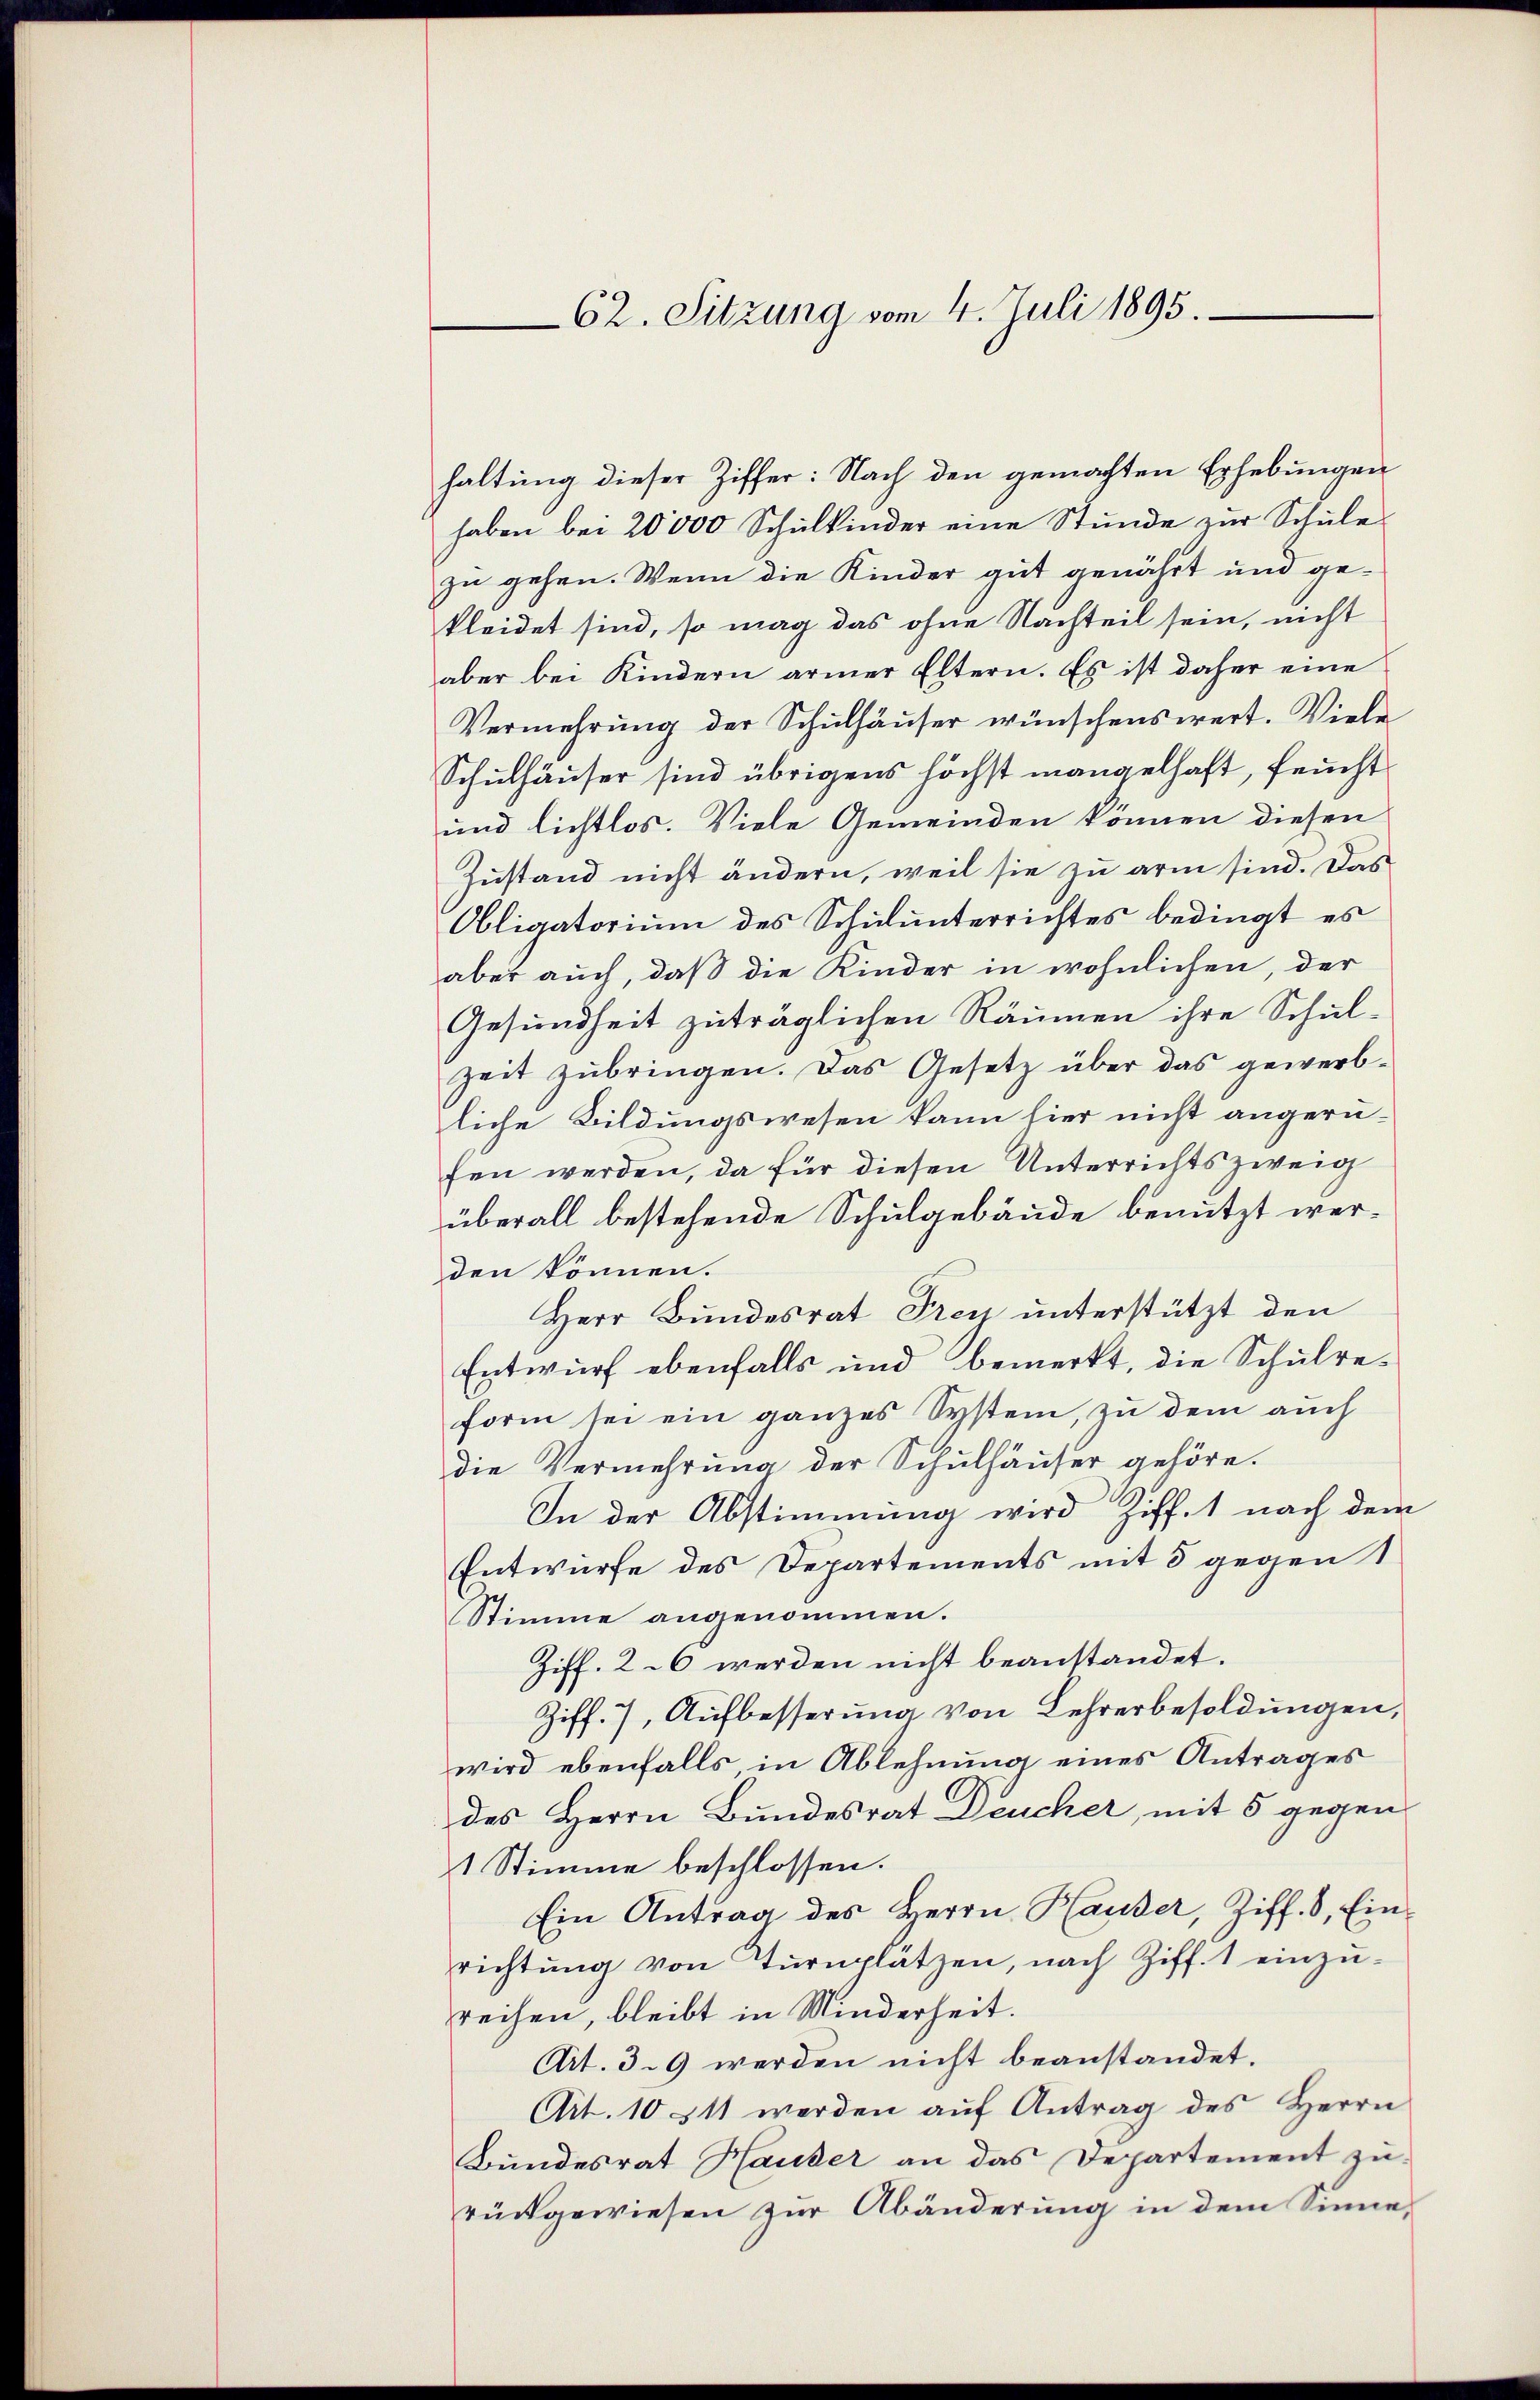
62. Sitzung vom 4. Juli 1895.

haltung dieser Ziffer: Nach den gemachten Erhebungen
haben bei 20000 Schulkinder eine Stunde zur Schule
zu gehen. Wenn die Kinder gut genährt und gekleidet sind, so mag das ohne Nachteil sein, nicht
aber bei Kindern armer Eltern. Es ist daher eine
Vermehrŭng der Schŭlhäŭser wünschenswert. Viele
Schulhäuser sind übrigens höchst mangelhaft, feucht
und lichtlos. Viele Gemeinden können diesen
Zustand nicht ändern, weil sie zu arm sind. Das
Obligatorium des Schulunterrichtes bedingt es
aber auch, daß die Kinder in wöhnlichen, der
Gesundheit zuträglichen Räumen ihre Schulzeit zubringen. Das Gesetz über das gewerbliche Bildungswesen kann hier nicht angeru-
fen werden, da für diesen Unterrichtszweig
überall bestehende Schulgebäude benutzt werden können.
Herr Bundesrat Frey unterstützt den
Entwurf ebenfalls und bemerkt, die Schulre-
form sei ein ganzes System, zu dem auch
die Vermehrung der Schulhäuser gehöre.
In der Abstimmung wird Ziffet nach dem
Entwurfe des Departements mit 8 gegen 1
Stimme angenommen.
Ziff. 26 werden nicht beanstandet.
Ziff. 7, Aufbesserung von Lehrerbesoldungen,
wird ebenfalls, in Ablehnung eines Antrages
des Herrn Bundesrat Deucher, mit 5 gegen
1 Stimme beschlossen:
Ein Antrag des Herrn Hauser, Ziff. 8, Einrichtŭng von Tŭrnplätzen, nach Ziff. 1 einzŭ-
reihen, bleibt in Minderheit.
Art. 39 werden nicht beanstandet.
Ait. 10 tt werden auf Antrag des Herrn
Bundesrat Hauser an das Departement zurückgewiesen zur Abänderung in dem Sinne,